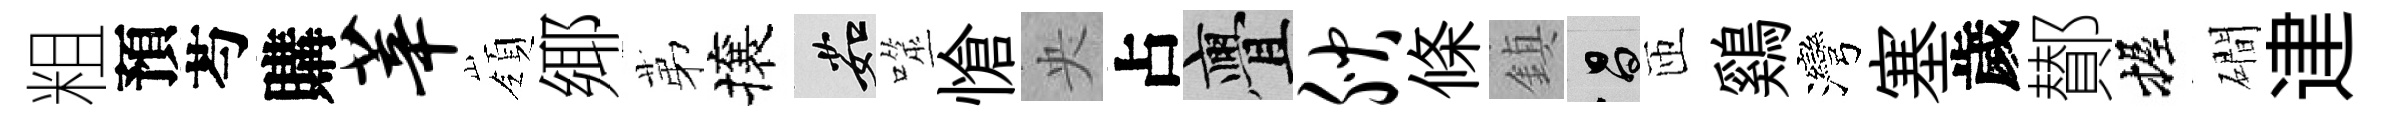
粗預芍購莘嶺鄊苐攘茹噬愴央占亹腴條鎮昌匝鷄灣塞歲鄼握磵䢖